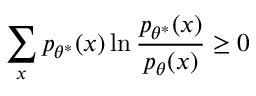
\sum _ { x } p _ { \theta ^ { * } } ( x ) \ln \frac { p _ { \theta ^ { * } } ( x ) } { p _ { \theta } ( x ) } \geq 0